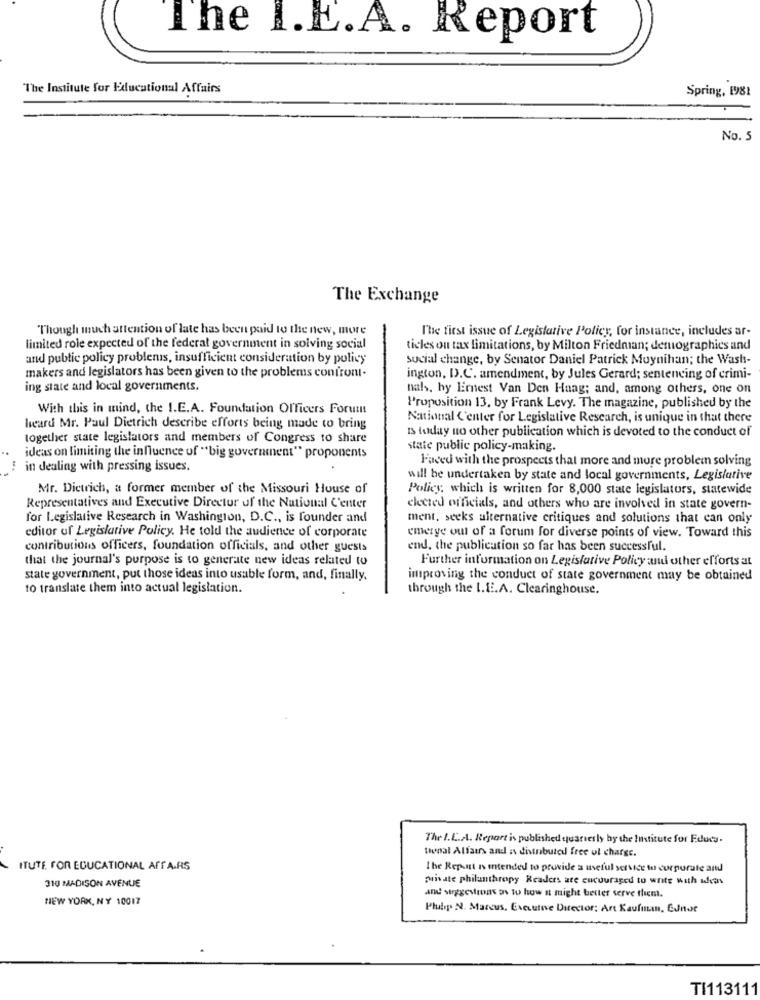
The I.E.A. Report
The Institute for Educational Affairs
Spring, 1981
No. 5
The Exchange
Though much attention of late has been paid to the new, more
The first issue of Legislative Policy, for instance, includes ar-
limited role expected of the federal government in solving social
ticles ou tax limitations, by Milton Friedman; demographics and
and public policy problems, insufficient consideration by policy
social change, by Senator Daniel Patrick Moynihan; the Wash-
makers and legislators has been given to the problems confront.
ington, D.C. amendment, by Jules Gerard; sentencing of crimi-
ing state and local governments.
nals, hy Ernest Van Den Haag; and, among others, one on
With this in mind, the I.E.A. Foundation Officers Forum
Proposition 13. by Frank Levy. The magazine, published by the
National Center for Legislative Research, is unique in that there
heard Mr. Paul Dietrich describe efforts being made to bring
Is today no other publication which is devoted to the conduct of
together state legislators and members of Congress to share
state public policy-making.
ideas on limiting the influence of "big government" proponents
Faced with the prospects that more and more problem solving
in dealing with pressing issues.
will be undertaken by state and local governments, Legislative
Mr. Dietrich, a former member of the Missouri House of
Policy, which is written for 8,000 state legislators, statewide
Representatives and Executive Director of the National Center
elected officials, and others who are involved in state govern-
for Legislative Research in Washington, D.C ., is founder and
ment, seeks alternative critiques and solutions that can only
editor of Legislative Policy. He told the audience of corporate
emerye out of a forum for diverse points of view. Toward this
contributions officers, foundation officials, and other guests
end, the publication so far has been successful.
that the journal's purpose is to generate new ideas related to
Further information on Legislative Policy and other efforts at
state government, put those ideas into usable form, and, finally.
improving the conduct of state government may be obtained
to translate them into actual legislation.
through the I.E.A. Clearinghouse.
The I.C.A. Report is published quariesly by the Institute for Educa.
tional Alfairs and is distributed free of charge.
ITUTE FOR EDUCATIONAL AFFAIRS
the Repent Is intended to provide a useful service to corporate and
310 MADISON AVENUE
private philanthropy Readers are cucuuraged to write with ideas
NEW YORK, NY 10017
and suggestions as to how at might better serve them.
Plulips N. Marcus, Executive Director: Art Kaufman, Conde
TI113111